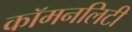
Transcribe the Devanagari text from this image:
कॉमनलिटी